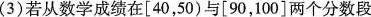
(3)若从数学成绩在[40，50)与[90，100]两个分数段